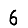
Digit: 6